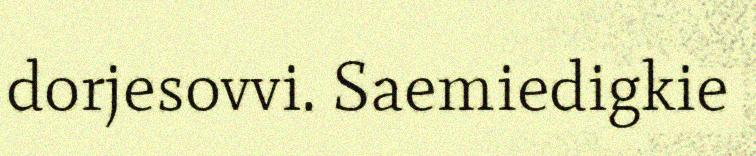
dorjesovvi. Saemiedigkie